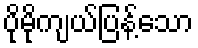
ပိုမိုကျယ်ပြန့်သော